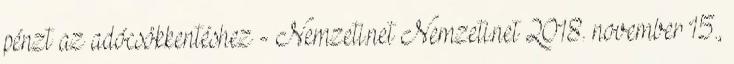
pénzt az adócsökkentéshez - Nemzeti.net Nemzeti.net 2018. november 15.,